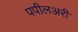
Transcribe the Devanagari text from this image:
पपीलअरी